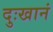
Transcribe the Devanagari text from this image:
दुःखानं